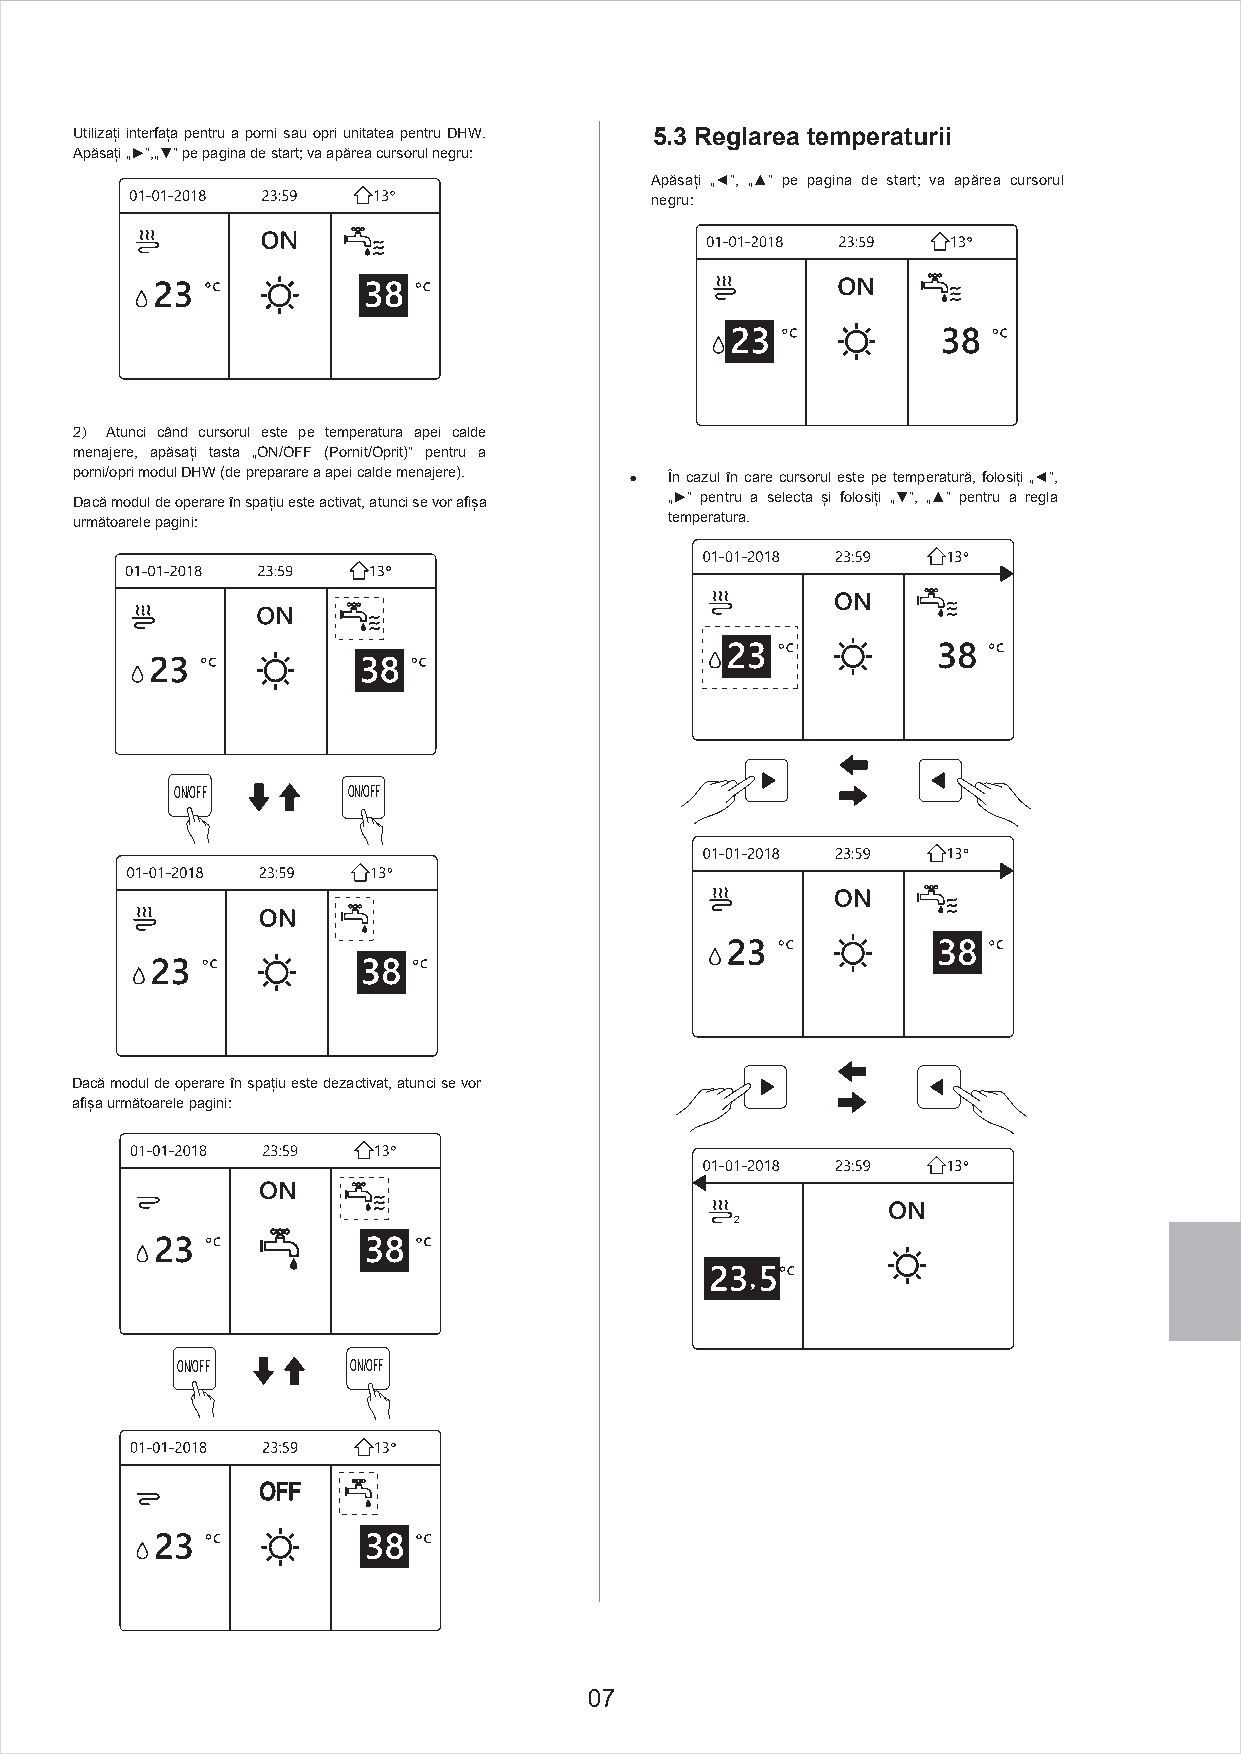
Utilizați interfața pentru a porni sau opri unitatea pentru DHW. 5.3 Reglarea temperaturii
 Apăsați „►”,„▼” pe pagina de start; va apărea cursorul negru:
 Apăsați „◄”, „▲” pe pagina de start; va apărea cursorul
 negru:
 2） Atunci când cursorul este pe temperatura apei calde
 menajere, apăsați tasta „ON/OFF (Pornit/Oprit)” pentru a
 porni/opri modul DHW (de preparare a apei calde menajere). În cazul în care cursorul este pe temperatură, folosiți „◄”,
 Dacă modul de operare în spațiu este activat, atunci se vor afișa „►” pentru a selecta și folosiți „▼”, „▲” pentru a regla
 următoarele pagini:                    temperatura.
 ON/OFF     ON/OFF
 Dacă modul de operare în spațiu este dezactivat, atunci se vor
 afișa următoarele pagini:
 2
 ON/OFF     ON/OFF